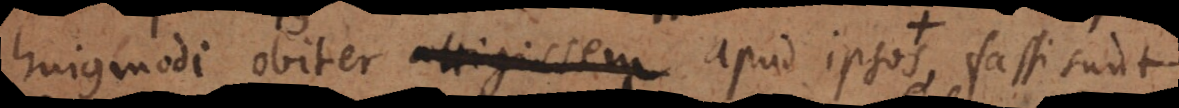
hujusmodi obiter attigissem apud ipsos+, fassi sunt